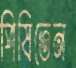
পিষিতেন